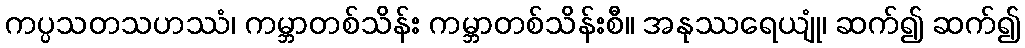
ကပ္ပသတသဟဿံ၊ ကမ္ဘာတစ်သိန်း ကမ္ဘာတစ်သိန်းစီ။ အနုဿရေယျုံ၊ ဆက်၍ ဆက်၍